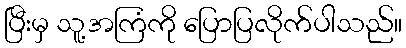
ပြီးမှ သူ့အကြံကို ပြောပြလိုက်ပါသည်။